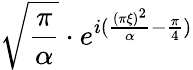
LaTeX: {\sqrt{\frac{\pi}{\alpha}}}\cdot e^{i({\frac{(\pi\xi)^{2}}{\alpha}}-{\frac{\pi}{4}})}